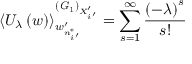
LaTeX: \left\langle U _ { \lambda } \left( w \right) \right\rangle _ { w _ { n _ { i ^ { \prime } } ^ { * } } ^ { \prime } } ^ { \left( { \it G } _ { 1 } \right) _ { X _ { i ^ { \prime } } ^ { \prime } } } = \sum _ { s = 1 } ^ { \infty } \frac { \left( - \lambda \right) ^ { s } } { s ! }